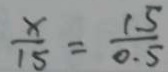
\frac { x } { 1 5 } = \frac { 1 . 5 } { 0 . 5 }